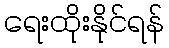
ရေးထိုးနိုင်ရန်